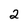
Character: 2